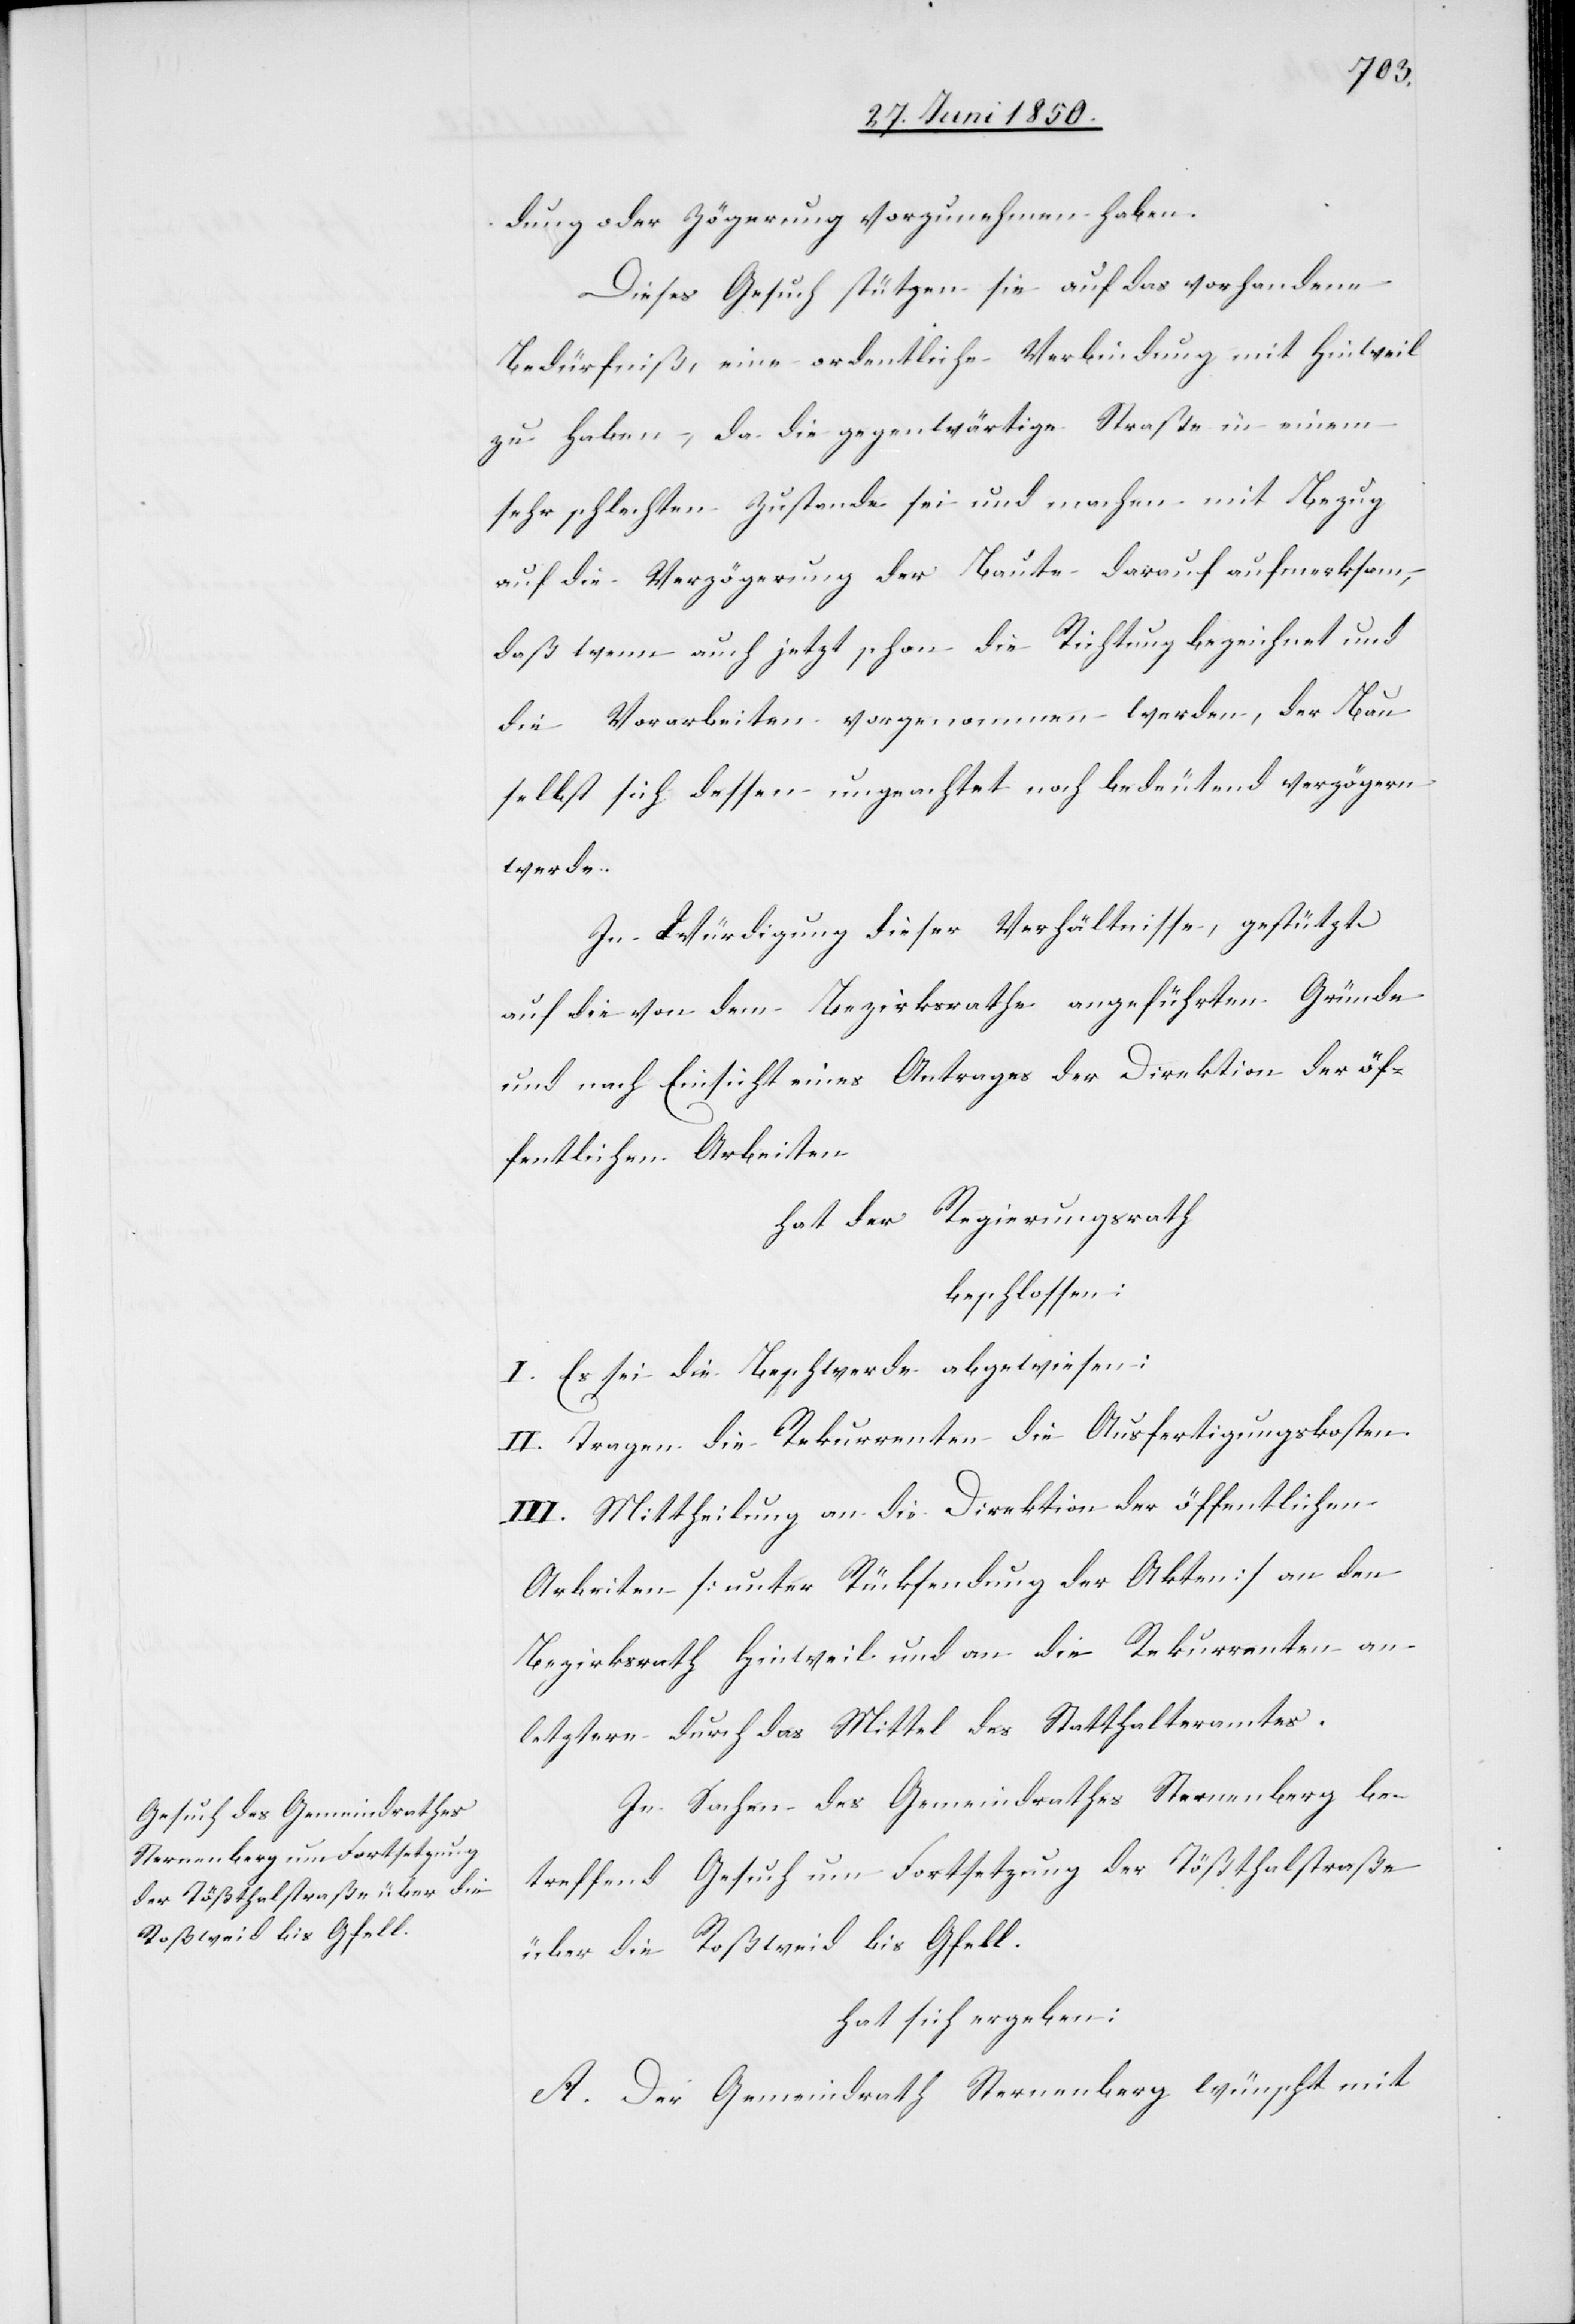
dung oder Zögerung vorzunehmen haben.
Dieses Gesuch stützen sie auf das vorhandene
Bedürfniß, eine ordentliche Verbindung mit Hinweil
zu haben, da die gegenwärtige Straße in einem
sehr schlechten Zustande sei und machen mit Bezug
auf die Verzögerung der Baute darauf aufmerksam,
daß wenn auch jetzt schon die Richtung bezeichnet und
die Vorarbeiten vorgenommen werden, der Bau
selbst sich dessen ungeachtet noch bedeutend verzögern
werde.
In Würdigung dieser Verhältnisse, gestützt
auf die von dem Bezirksrathe angeführten Gründe
und nach Einsicht eines Antrages der Direktion der öf¬
fentlichen Arbeiten
hat der Regierungsrath
beschlossen:
I. Es sei die Beschwerde abgewiesen:
II. Tragen die Rekurrenten die Ausfertigungskosten.
III. Mittheilung an die Direktion der öffentlichen
Arbeiten [unter Rücksendung der Akten] an den
Bezirksrath Hinweil und an die Rekurrenten an
letztere durch das Mittel des Statthalteramtes.
In Sachen des Gemeindrathes Sternenberg be¬
treffend Gesuch um Fortsetzung der Tößthalstraße
über die Roßweid bis Gfell.
hat sich ergeben:
A. Der Gemeindrath Sternenberg wünscht mit